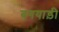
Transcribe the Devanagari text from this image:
बगयाड़ी